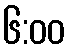
၆:၀၀